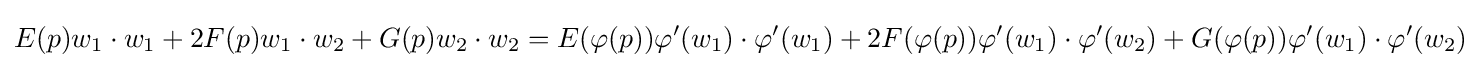
E(p)w_{1}\cdot w_{1}+2F(p)w_{1}\cdot w_{2}+G(p)w_{2}\cdot w_{2}=E(\varphi (p))\varphi ^{\prime }(w_{1})\cdot \varphi ^{\prime }(w_{1})+2F(\varphi (p))\varphi ^{\prime }(w_{1})\cdot \varphi ^{\prime }(w_{2})+G(\varphi (p))\varphi ^{\prime }(w_{1})\cdot \varphi ^{\prime }(w_{2})